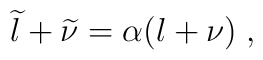
\widetilde{l} + \widetilde{\nu}  =\alpha ( l + \nu )\;  ,